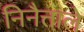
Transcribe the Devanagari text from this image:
निनैत्ताले